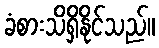
ခံစားသိရှိနိုင်သည်။